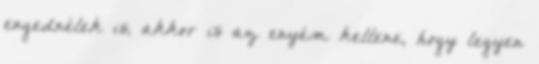
engednélek is, akkor is az enyém kellene, hogy legyen